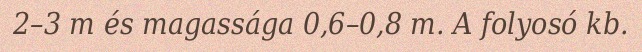
2–3 m és magassága 0,6–0,8 m. A folyosó kb.